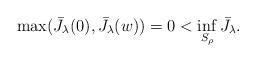
LaTeX: \begin{align*} \max(\bar J_\lambda(0), \bar J_\lambda(w)) = 0 < \inf_{S_\rho} \bar J_\lambda.\end{align*}